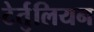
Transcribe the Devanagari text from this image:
टेर्तुलियन